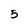
Character: 5